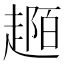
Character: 𧼟